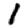
Digit: 1